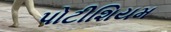
પોટીશિયમ